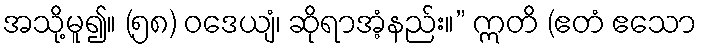
အသို့မူ၍။ (၅၈) ဝဒေယျံ၊ ဆိုရာအံ့နည်း။” ဣတိ (ဧတံ ဧသော